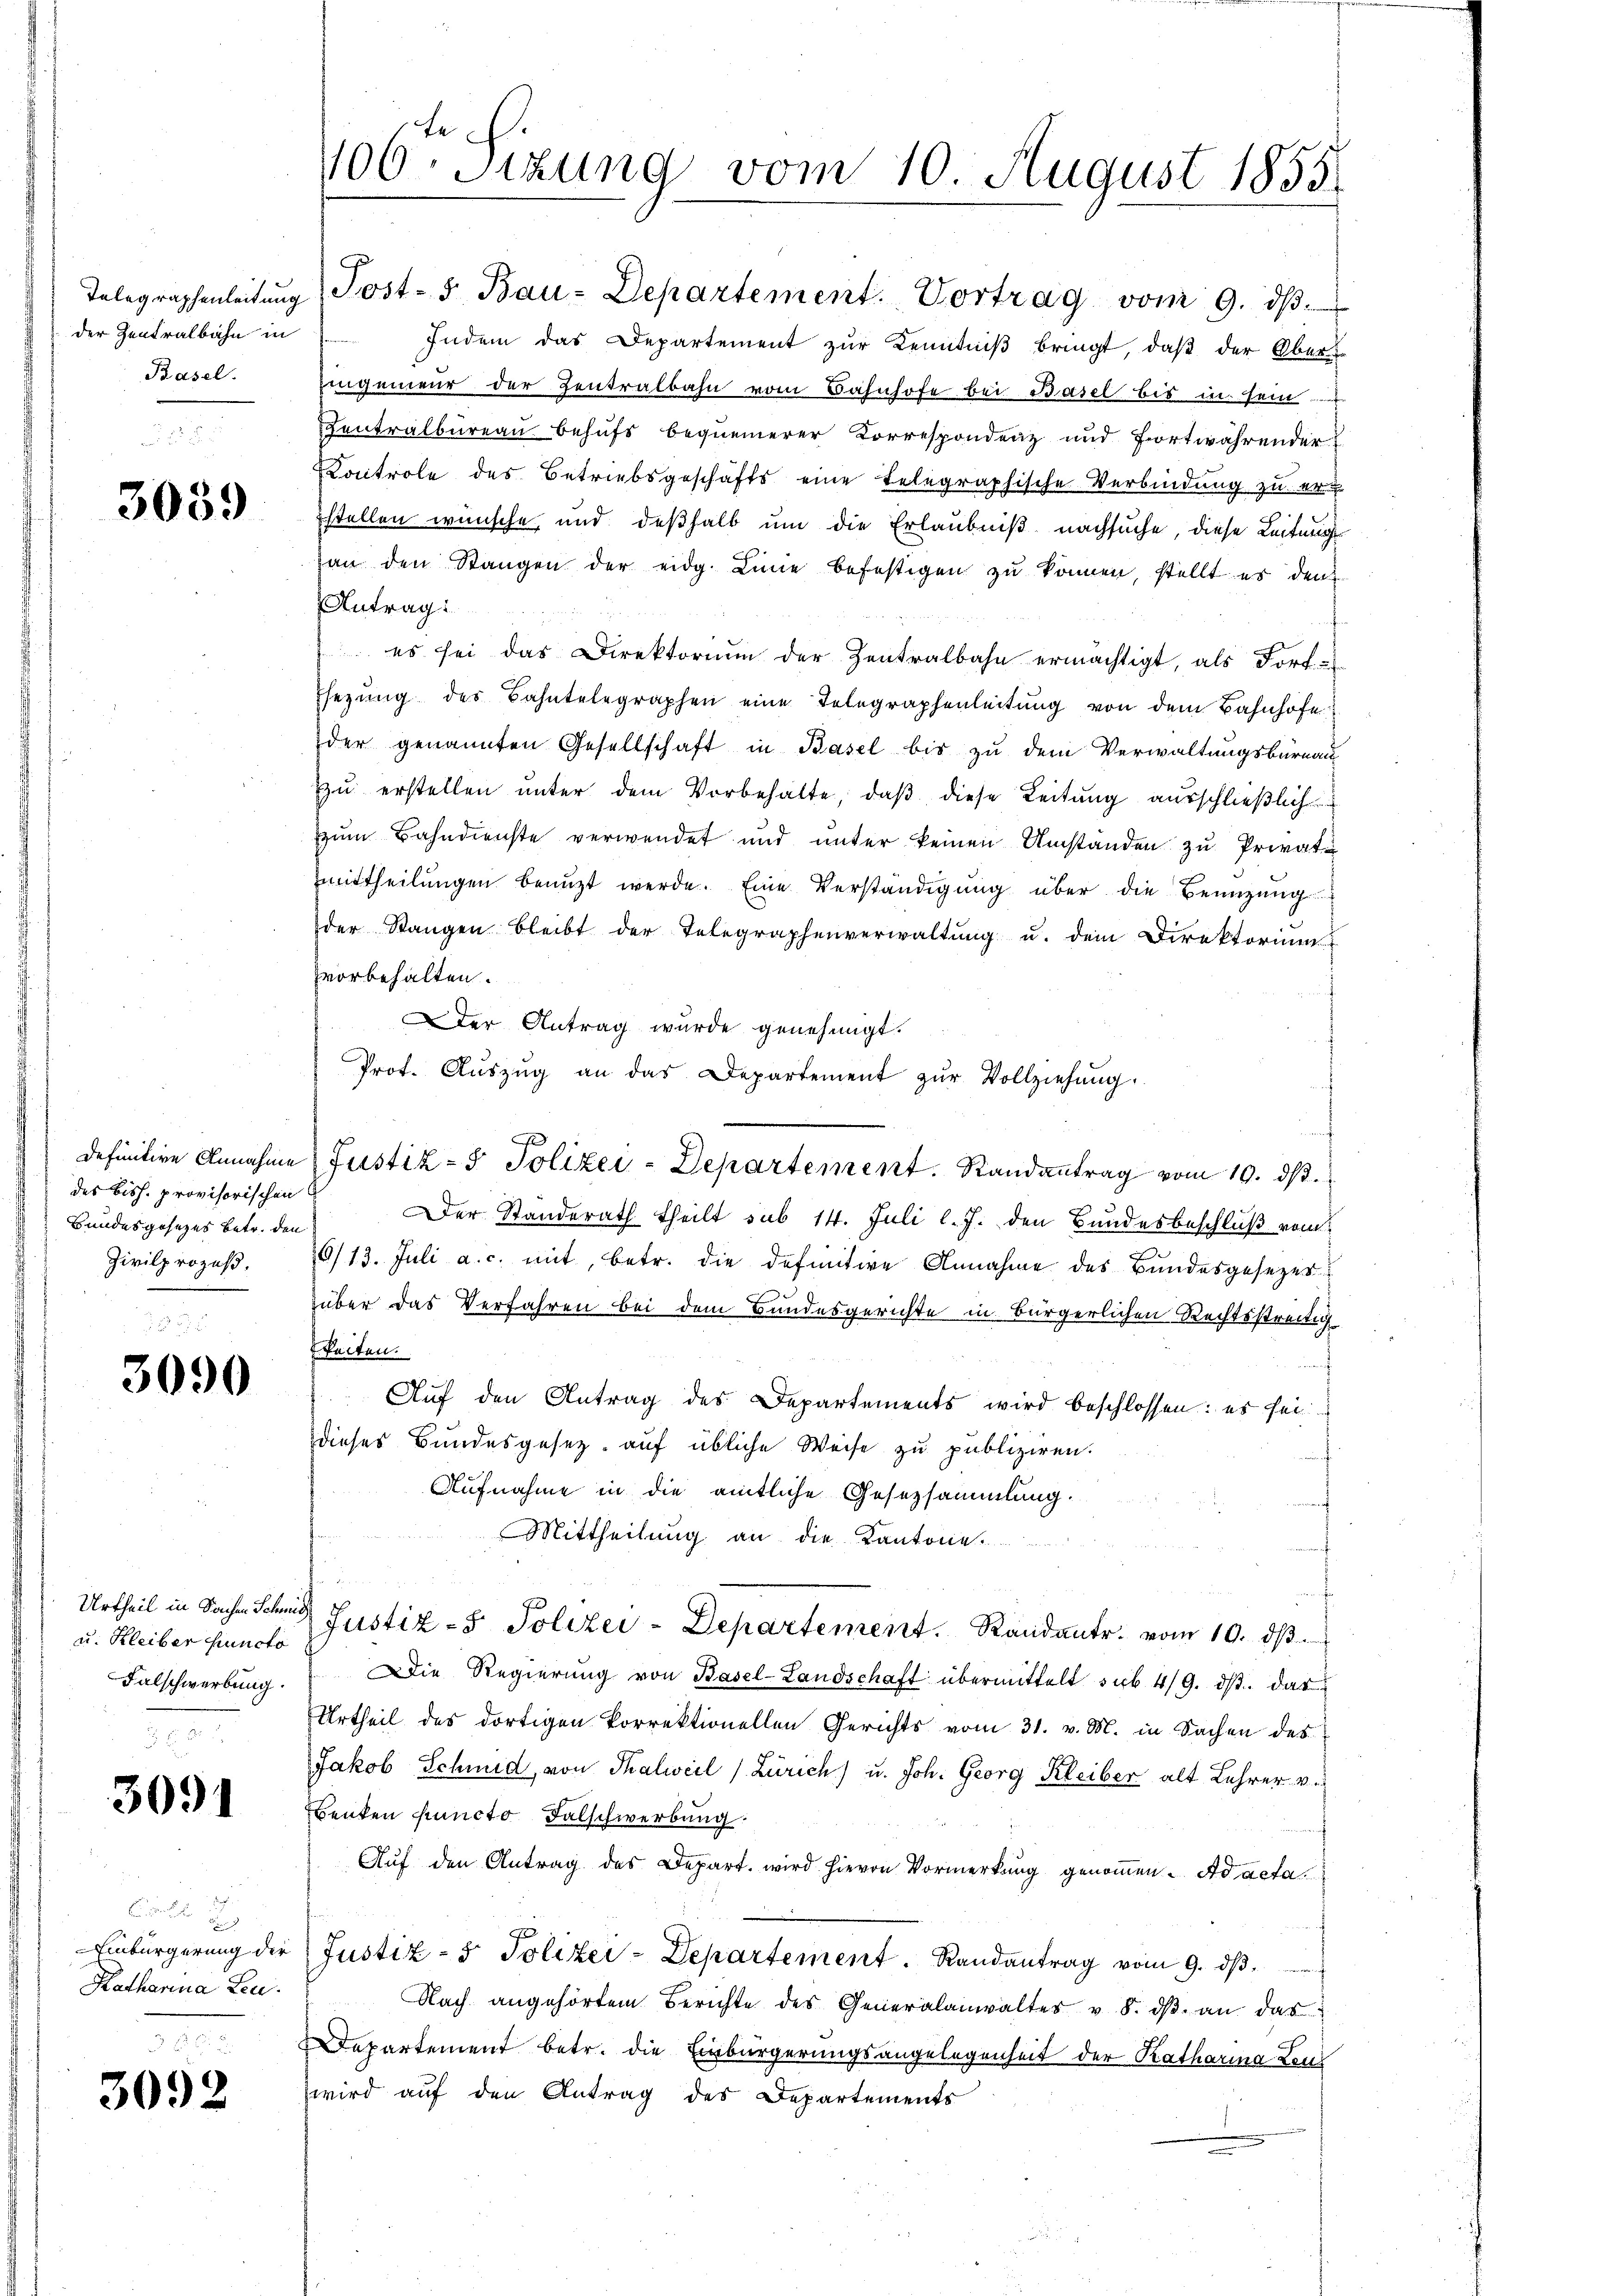
der Zentralbahn in

3059

definitive Annahme
des Bish. provisorischen
Bundesgesezes betr. den
Zivilprozeß.

3090

Urtheil in Sachen Schmid,
u. Kleiber puncto
Falschwerbung.

3091

Einbürgerung der
Katharina Leu

3092

100. Sizung vom 10. August 1855.

Telegraphenleitŭng Post- 5. Bau-Departement. Vortrag vom 9. dβ.
Basel. Eingeneur der Zentralbahn vom Bahnhofe bei Basel bis in sein
Centralbureau behufs bequemerer Korrespondenz und fortwährender
Kontrole des Betriebsgeschäfts eine telegraphische Verbindung zu erstellen wünsche, und deßhalb um die Erlaubniß nachsuche, diese Leitung
zan den Stangen der eidg. Linie befestigen zu können, stellt es den
Antrag:
 es sei das Direktorium der Zentralbahn ermächtigt, als Fort-
Ehezŭng des Bahntelegraphen eine Telegraphenleitŭng von dem Bahnhofe
der genannten Gesellschaft in Basel bis zu dem Verwaltungsburnau
zu erstellen unter dem Vorbehalte, daß diese Leitung ausschließlich
zum Bahndienste verwendet und unter keinen Umständen zu Privat-
mittheilungen benutzt werde. Eine Verständigung über die Benuzung
der Stangen bleibt der Telegraphenverwaltŭng u. dem Direktoriŭm
vorbehalten.
Der Antrag wurde genehmigt.
Prot. Aŭszŭg an das Departement zŭr Vollziehung.
Justiz- & Polizei-Departement. Randantrag vom 10. ds.
Der Standerath theilt sub 14. Juli l. J. den Bundesbeschluß vom
6/13. Juli a. c. mit, betr. die definitive Annahme des Bundesgesezes
über das Verfahren bei dem Bundesgerichte in Bürgerlichen Rechtsstreitig
keiten.
Auf den Antrag des Departements wird beschlossen: es sei
dieses Bundesgesetz auf übliche Weise zu publiziren.
Aufnahme in die amtliche Gesetzsammlung.
Mittheilung an die Kantone.
Justiz- & Polizei-Departement. Randant. vom 10. dβ.
Die Regierŭng von Basel-Landschaft übermittelt sub 4/9. dβ das
Urtheil des dortigen korrektionellen Gerichts vom 31. v. M. in Sachen des
Jakob Schmid, von Thalweil (Zürich) u. Joh. Georg Kleiber alt Lehrer v.
Benken Puncto Falschwerbung.
Aŭf den Antrag des Depart. wird hievon Vormerkung genoṁen. Ad acta
Justiz- & Polizei-Departement. Randantrag vom 9. dβ.
Nach angehörten Berichte des Generalanwaltes u. 8. dβ an das
Departement betr. die Einbürgerungsangelegenheit der Katharina Leuwird auf den Antrag des Departements

Indem das Departement zŭr Kenntniβ bringt, daß der Ober-